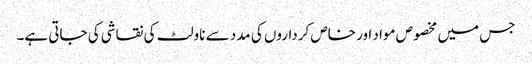
جس میں مخصوص مواد اور خاص کرداروں کی مدد سے ناولٹ کی نقاشی کی جاتی ہے۔